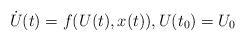
LaTeX: \begin{align*} \dot{U}(t)=f(U(t),x(t)), U(t_0)=U_0\end{align*}